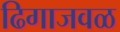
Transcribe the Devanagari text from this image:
ढिगाजवळ